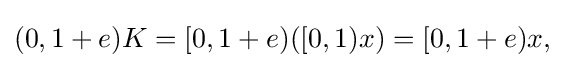
{\textstyle (0,1+e)K=[0,1+e)([0,1)x)=[0,1+e)x,}